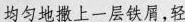
均匀地撒上一层铁屑，轻